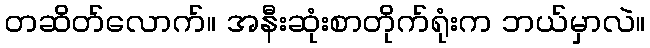
တဆိတ်လောက်။ အနီးဆုံးစာတိုက်ရုံးက ဘယ်မှာလဲ။